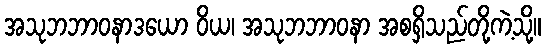
အသုဘဘာဝနာဒယော ဝိယ၊ အသုဘဘာဝနာ အစရှိသည်တို့ကဲ့သို့။